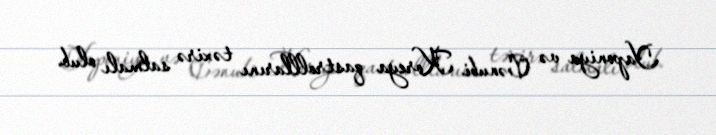
Yaponiya və Cənubi Koreya qastrolllarını təxirə salmalı olub.